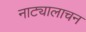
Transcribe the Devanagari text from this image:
नाट्यालाचन